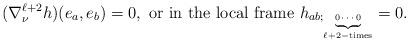
LaTeX: \begin{align*}(\nabla^{\ell+2}_\nu h)(e_a, e_b)=0, \mbox{ or in the local frame } h_{ab;\tiny\underbrace{0\cdots 0}_{\ell+2-\mbox{times}}} = 0.\end{align*}